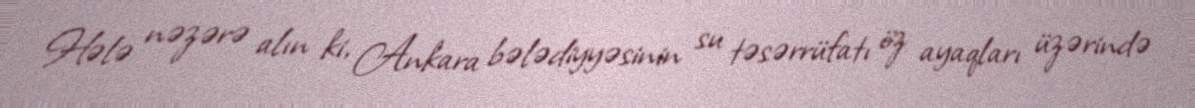
Hələ nəzərə alın ki, Ankara bələdiyyəsinin su təsərrüfatı öz ayaqları üzərində